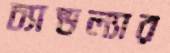
চ্যান্ডল্যার